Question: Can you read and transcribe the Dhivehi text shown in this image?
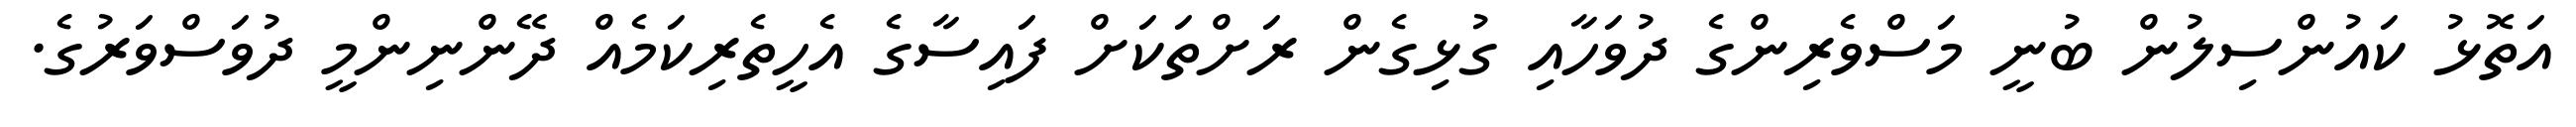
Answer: އަތޮޅު ކައުންސިލުން ބުނީ މަސްވެރިންގެ ދުވަހާއި ގުޅިގެން ރަށްތަކަށް ފައިސާގެ އެހީތެރިކަމެއް ދޭންނިންމީ ދުވަސްވަރުގެ.